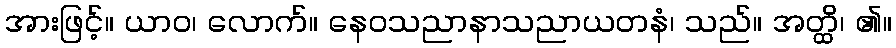
အားဖြင့်။ ယာဝ၊ လောက်။ နေဝသညာနာသညာယတနံ၊ သည်။ အတ္ထိ၊ ၏။